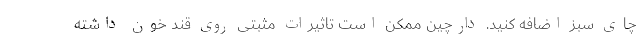
چای سبز اضافه کنید. دارچین ممکن است تاثیرات مثبتی روی قند خون داشته